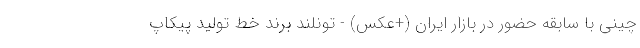
چینی با سابقه حضور در بازار ایران (+عکس) - تونلند برند خط تولید پیکاپ